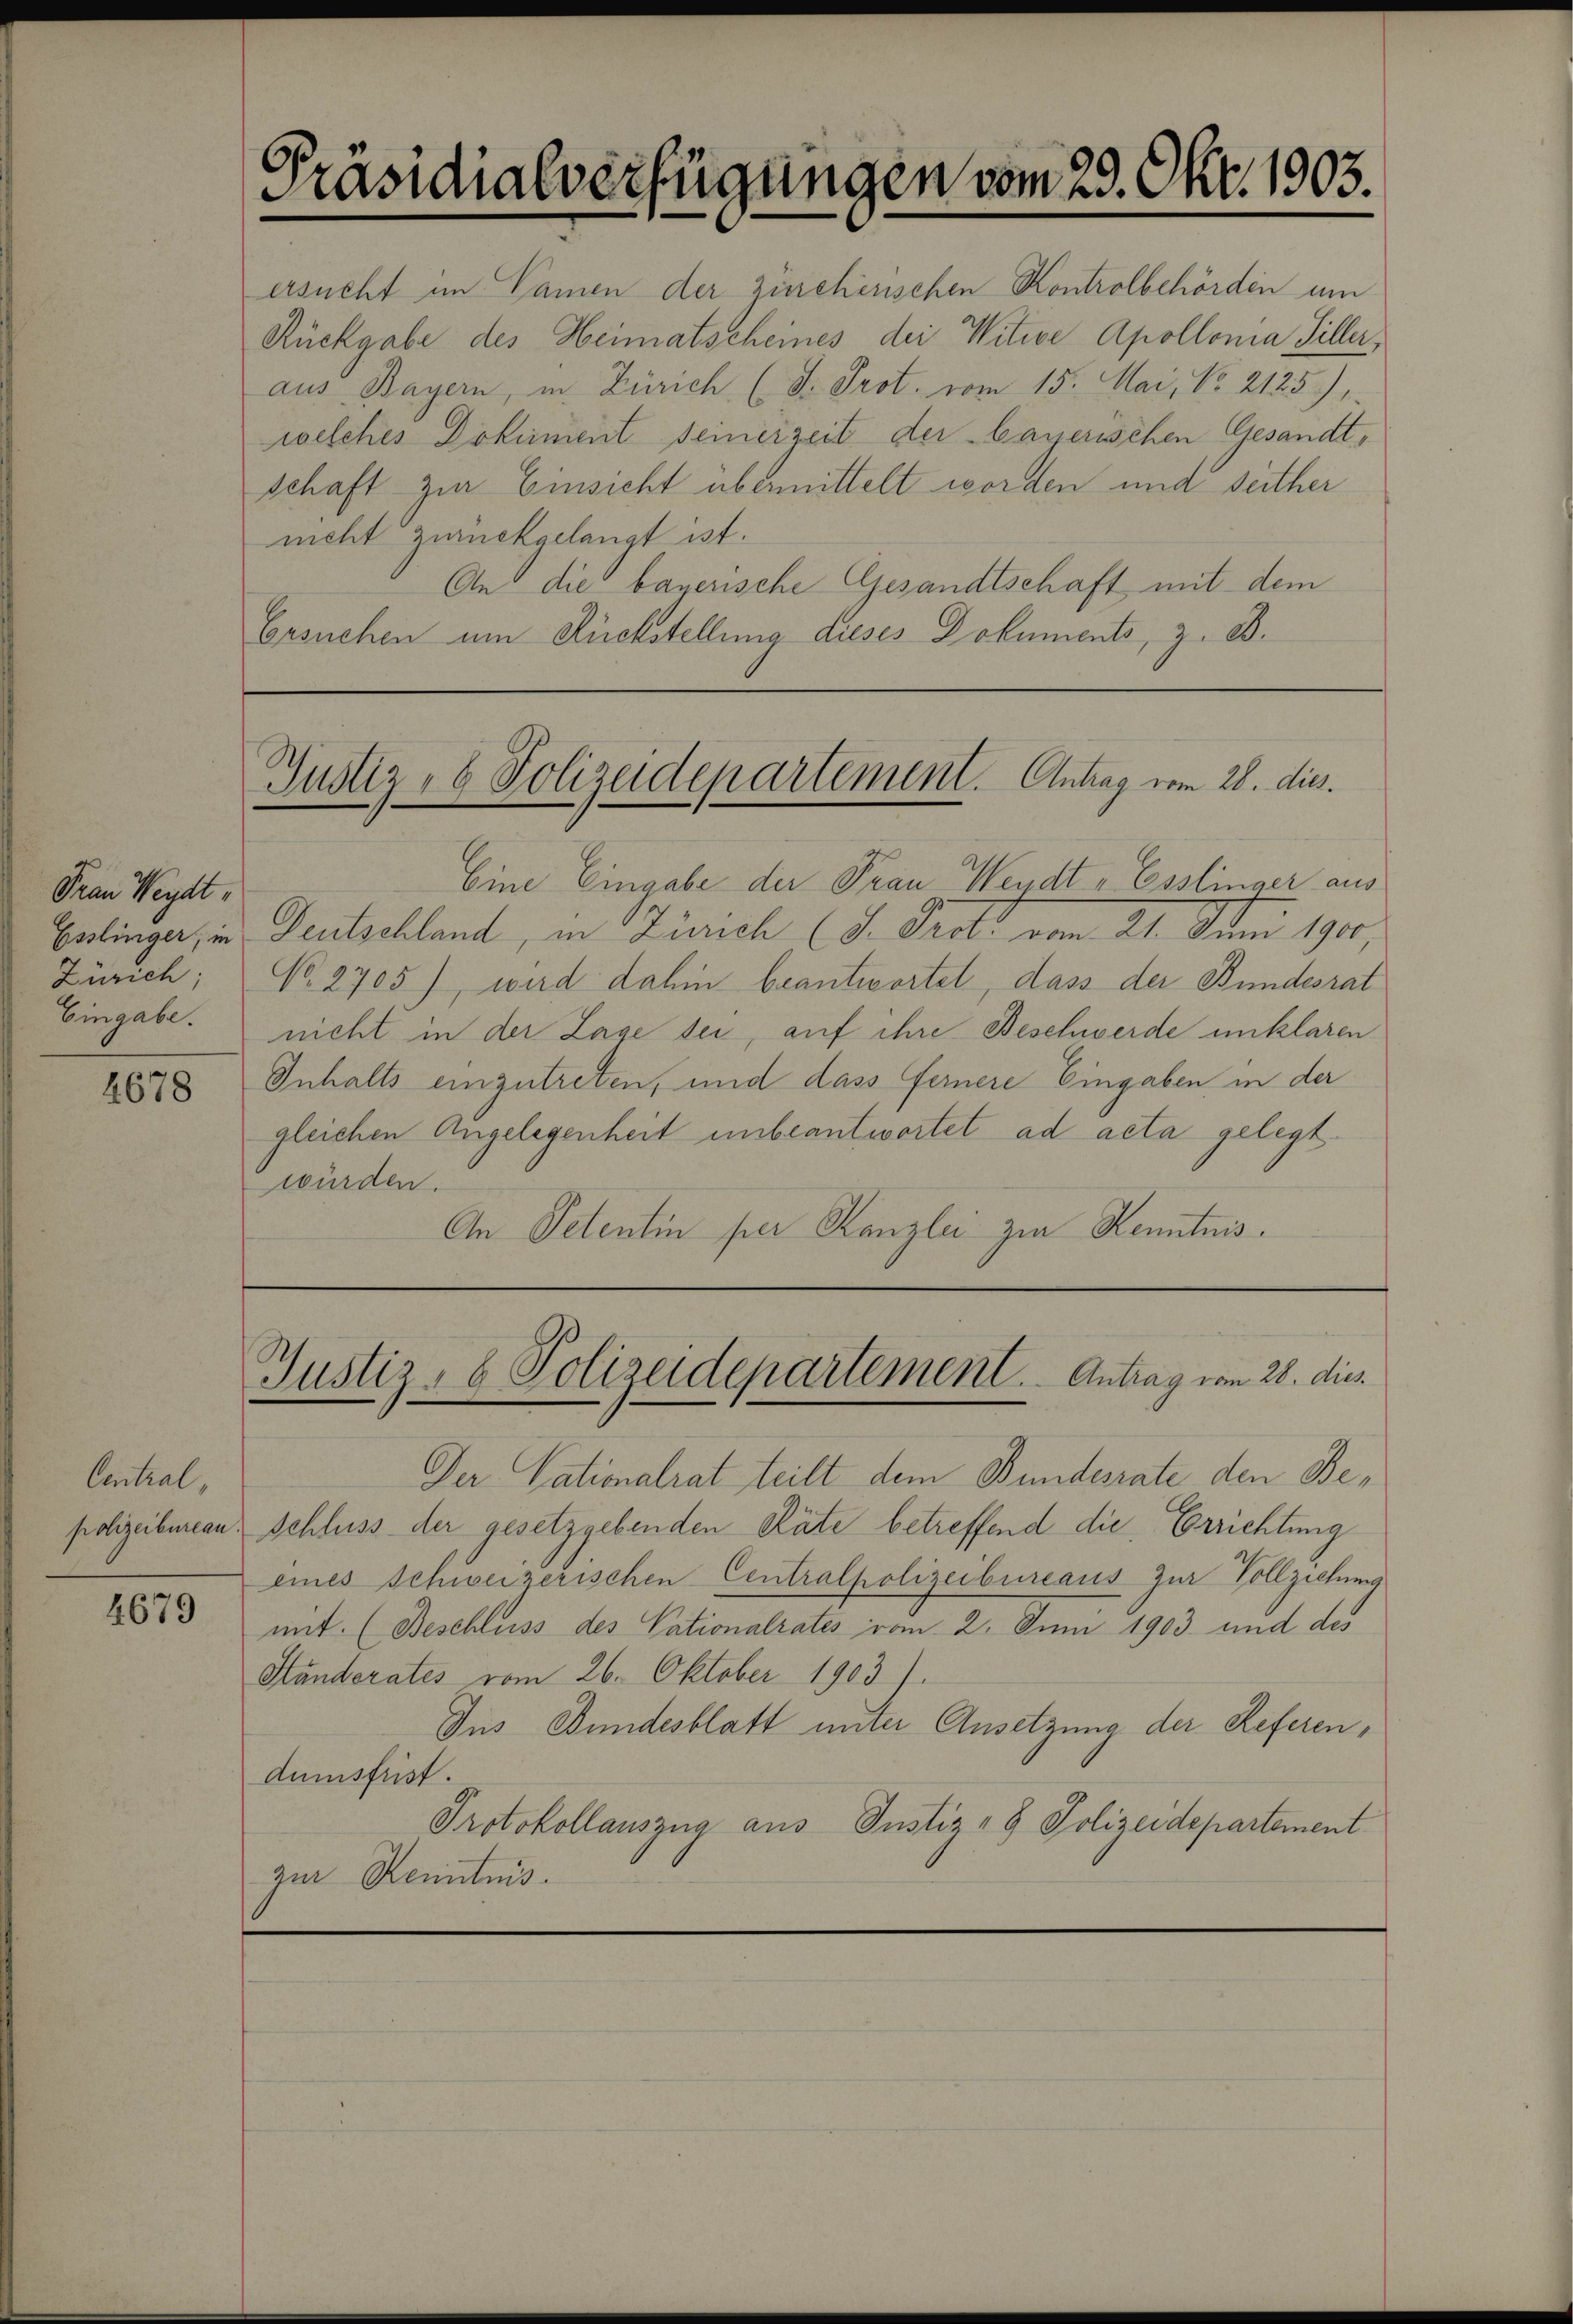
Frau Weydt
Esslinger, in
Zürich;
Eingabe.

4678

Central,
polizeibureau.

4679

Präsidialverfügungen vom 23. Okt. 1903.

ersucht im Namen der zürcherischen Kontrolbehörden um
Rückgabe des Heimatscheines der Witwe Apollonia Viller,
aus Bayern, in Zürich (d. Prot. vom 15. Mai, No 2125),
welches Dokument seinerzeit der bayerischen Gesandtschaft zur Einsicht übermittelt worden und seither
ncht zurückgelangt ist.
An die bayerische Gesandtschaft mit dem
Ersuchen um Rückstellung dieses Dokuments, z. B.

Justiz- & Polizeidepartement. Antrag vom 28. dies

Eine Eingabe der Frau Wendt, Esslinger aus
Geutschland, in Zürich (d. Prote vom 21. Juni 190
No. 1705), wird dahin beantwortet, dass der Bundesrat
nicht in der Lage sei, auf ihre Beschwerde unklaren
Inhalts einzutreten, und dass fernere Eingaben in der
gleichen Angelegenheit unbeantwortet ad acta gelegt.
würden.
An Petentin per Kanzlei zur Kenntnis.

Der Nationalrat teilt dem Bundesrate den Beschluss der gesetzgebenden Räte betreffend die Errichtung
eines Schweizerischen Centralpolizeibureaus zur Vollziehung
mit. (Beschluss des Vationalrates vom 2. Juni 1903 und des
Ständerates vom 26. Oktober 1903).
Dus Bundesblatt unter Ansetzung der Referendumsfrist.
Protokollauszug aus Justiz- & Polizeidepartement
zur Kenntnis.

Justiz- & Polizeidepartement. Antrag vom 28. dies